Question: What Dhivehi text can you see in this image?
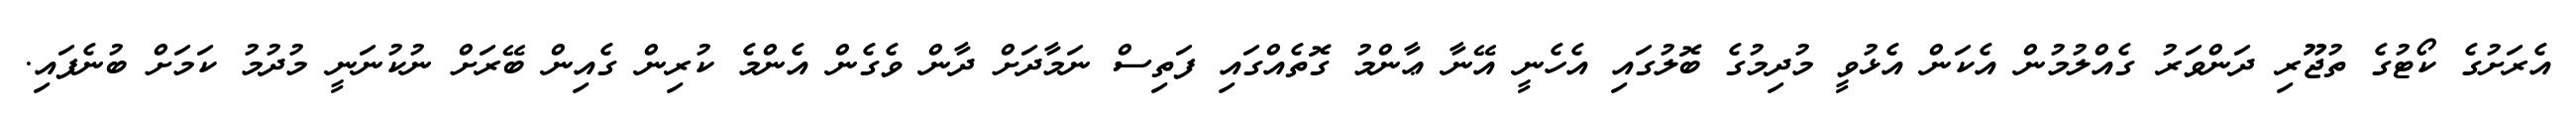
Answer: އެރަށުގެ ކޯޓުގެ ތުޖޫރި ދަންވަރު ގެއްލުމުން އެކަން އެޅުވީ މުދިމުގެ ބޮލުގައި އެހެނީ އޭނާ ޢާންމު ގޮތެއްގައި ފަތިސް ނަމާދަށް ދާން ވެގެން އެންމެ ކުރިން ގެއިން ބޭރަށް ނުކުނަނީ މުދުމު ކަމަށް ބުނެފައި.